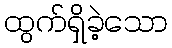
ထွက်ရှိခဲ့သော